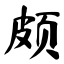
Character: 颇